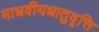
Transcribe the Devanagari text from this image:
माधवीयधातुवृत्ति